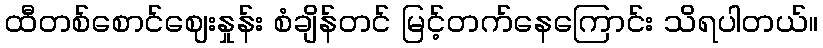
ထီတစ်စောင်ဈေးနှုန်း စံချိန်တင် မြင့်တက်နေကြောင်း သိရပါတယ်။